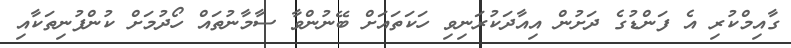
ގާއިމްކުރި އެ ފަންޑުގެ ދަށުން އިއާދަކުރަނިވި ހަކަތައަށް ބޭނުންވާ ސާމާނުތައް ހޯދުމަށް ކުންފުނިތަކާއި